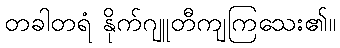
တခါတရံ နိုက်ဂျူတီကျကြသေး၏။